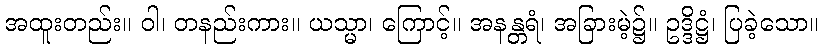
အထူးတည်း။ ဝါ၊ တနည်းကား။ ယသ္မာ၊ ကြောင့်။ အနန္တရံ၊ အခြားမဲ့၌။ ဥဒ္ဒိဋ္ဌံ၊ ပြခဲ့သော။